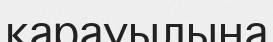
қарауылына